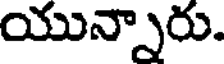
యున్నారు.